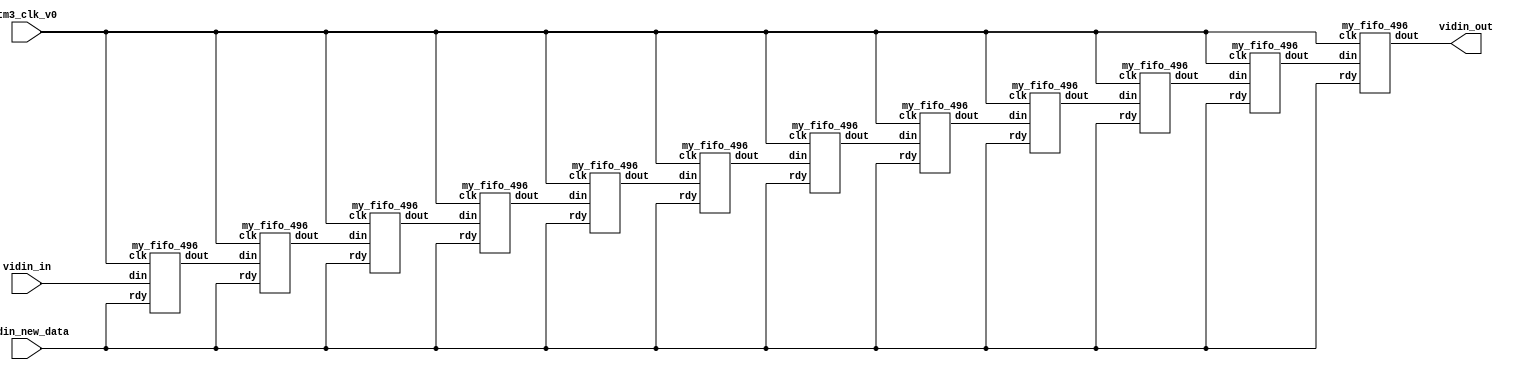

module v_fltr_496 (tm3_clk_v0, vidin_new_data, vidin_in, vidin_out);


   input tm3_clk_v0; 
   input vidin_new_data; 
   input[7:0] vidin_in; 
   output[7:0] vidin_out; 
   wire[7:0] vidin_out;

   wire[7:0] buff_out0; 
   wire[7:0] buff_out1; 
   wire[7:0] buff_out2; 
   wire[7:0] buff_out3; 
   wire[7:0] buff_out4; 
   wire[7:0] buff_out5; 
   wire[7:0] buff_out6; 
   wire[7:0] buff_out7; 
   wire[7:0] buff_out8; 
   wire[7:0] buff_out9; 
   wire[7:0] buff_out10; 
   wire[7:0] buff_out11; 

   assign buff_out0 = vidin_in ;

	my_fifo_496 fifo0(tm3_clk_v0, buff_out0, buff_out1, vidin_new_data);
	my_fifo_496 fifo1(tm3_clk_v0, buff_out1, buff_out2, vidin_new_data);
	my_fifo_496 fifo2(tm3_clk_v0, buff_out2, buff_out3, vidin_new_data);
	my_fifo_496 fifo3(tm3_clk_v0, buff_out3, buff_out4, vidin_new_data);
	my_fifo_496 fifo4(tm3_clk_v0, buff_out4, buff_out5, vidin_new_data);
	my_fifo_496 fifo5(tm3_clk_v0, buff_out5, buff_out6, vidin_new_data);
	my_fifo_496 fifo6(tm3_clk_v0, buff_out6, buff_out7, vidin_new_data);
	my_fifo_496 fifo7(tm3_clk_v0, buff_out7, buff_out8, vidin_new_data);
	my_fifo_496 fifo8(tm3_clk_v0, buff_out8, buff_out9, vidin_new_data);
	my_fifo_496 fifo9(tm3_clk_v0, buff_out9, buff_out10, vidin_new_data);
	my_fifo_496 fifo10(tm3_clk_v0, buff_out10, buff_out11, vidin_new_data);

   my_fifo_496 more_inst (tm3_clk_v0, buff_out11, vidin_out, vidin_new_data); 
endmodule
module my_fifo_496 (clk, din, dout, rdy);

    input clk; 
    input[8 - 1:0] din; 
    output[8 - 1:0] dout; 
    reg[8 - 1:0] dout;
	input rdy;

    reg[8-1:0]buff1;
    reg[8-1:0]buff2;

	// Fifo size log(FIFO_SIZE)/log2

    always @(posedge clk)
    begin
		if (rdy == 1'b1)
		begin
			buff1 <= din;
			dout <= buff2;
			buff2 <= buff1;

		end
	end
endmodule